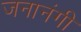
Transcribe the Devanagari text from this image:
जनानंगी